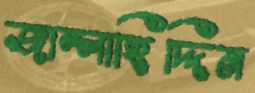
জাল্লাহিদ্দিন